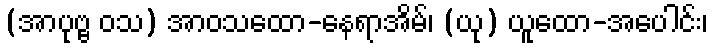
(အာပုဗ္ဗ ဝသ) အာဝသထော-နေရာအိမ်၊ (ယု) ယူထော-အပေါင်း၊